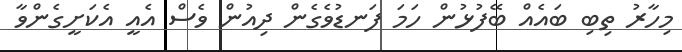
މިހާރު ތިބި ބައެއް ބޭފުޅުން ހަމަ ފަނޑުވެގެން ދިއުން ވެސް އެއީ އެކަށީގެންވާ